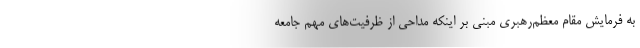
به فرمایش مقام معظم‌رهبری مبنی بر اینکه مداحی از ظرفیت‌های مهم جامعه